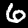
Digit: 6